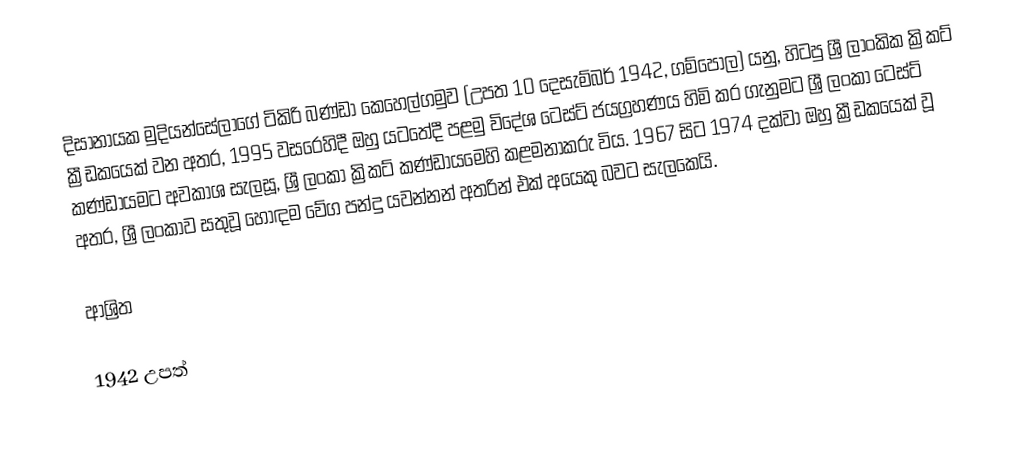
දිසානායක මුදියන්සේලාගේ ටිකිරි බණ්ඩා කෙහෙල්ගමුව (උපත 10 දෙසැම්බර් 1942, ගම්පොල) යනු,  හිටපු ශ්‍රී ලාංකික ක්‍රිකට් ක්‍රීඩකයෙක් වන අතර, 1995 වසරෙහිදී ඔහු යටතේදී පළමු විදේශ ටෙස්ට් ජයග්‍රහණය හිමි කර ගැනුමට ශ්‍රී ලංකා ටෙස්ට් කණ්ඩායමට අවකාශ සැලසූ, ශ්‍රී ලංකා ක්‍රිකට් කණ්ඩායමෙහි කළමනාකරු විය. 1967 සිට 1974 දක්වා ඔහු ක්‍රීඩකයෙක් වූ අතර, ශ්‍රී ලංකාව සතුවූ හොඳම වේග පන්දු යවන්නන් අතරින් එක් අයෙකු බවට සැලකෙයි.

ආශ්‍රිත

1942 උපත්